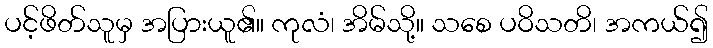
ပင့်ဖိတ်သူမှ အပြားယူ၏။ ကုလံ၊ အိမ်သို့။ သစေ ပဝိသတိ၊ အကယ်၍